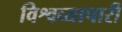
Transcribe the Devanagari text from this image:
विश्वव्यापारी